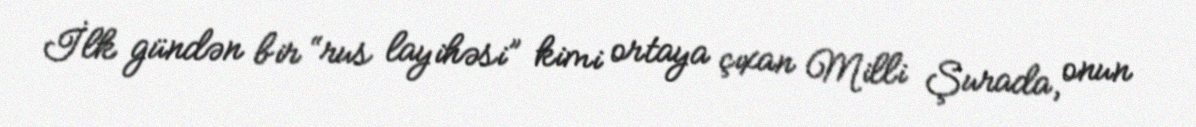
İlk gündən bir “rus layihəsi” kimi ortaya çıxan Milli Şurada, onun